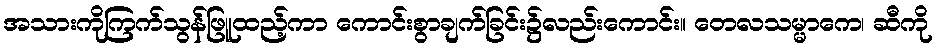
အသားကိုကြက်သွန်ဖြူထည့်ကာ ကောင်းစွာချက်ခြင်း၌လည်းကောင်း။ တေလသမ္မာကေ၊ ဆီကို